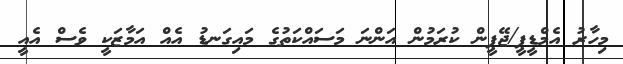
މިހާރު އެމްޑީޕީ/ޖޭޕީން ކުރަމުން އަންނަ މަަސައްކަތުގެ މައިގަނޑު އެއް އަމާޒަކީ ވެސް އެއީ